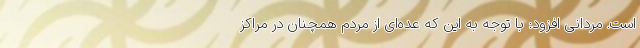
است. مردانی افزود: با توجه به این که عده‌ای از مردم همچنان در مراکز